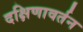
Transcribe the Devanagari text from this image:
दक्षिणावर्तन